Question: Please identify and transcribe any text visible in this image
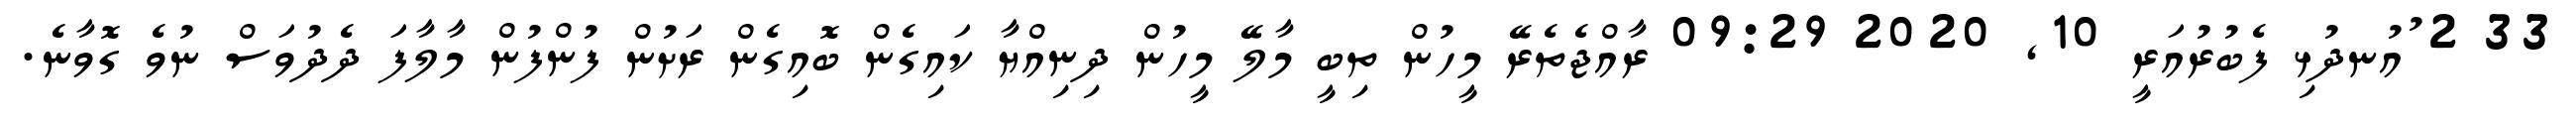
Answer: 33 2 ުއުނދުޅި ފެބުރުއަރީ 10, 2020 09:29 ރާއްޖެތެރޭ މީހުން ތިބީ މާލޭ މީހުން ދިނިއްޔާ ކައިގެން ބޮއިގެން ރަށުން ފުންފުން މާލާފަ ދެދުވަސް ނުވެ ގޮވާނެ.